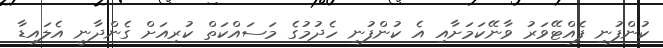
ކުންފުނި ފެއްޓޭވަރު ވާނޭކަމަށާއި އެ ކުންފުނި ހެދުމުގެ މަސައްކަތް ކުރިއަށް ގެންދާނީ އެލައިޑާ